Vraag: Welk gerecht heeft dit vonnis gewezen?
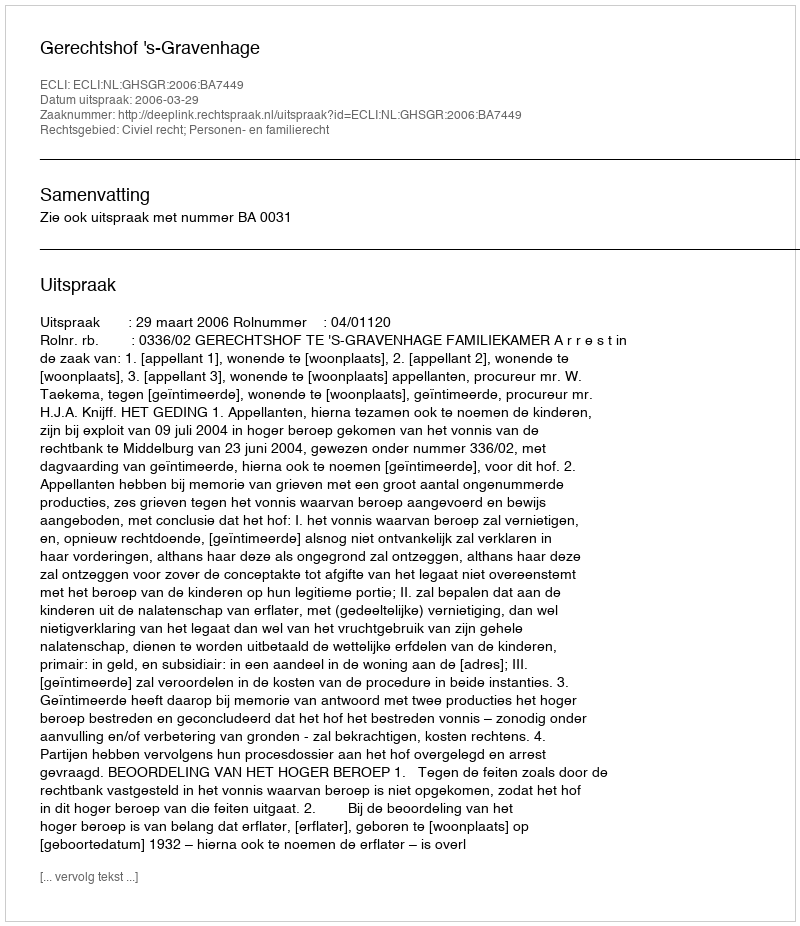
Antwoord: Gerechtshof 's-Gravenhage